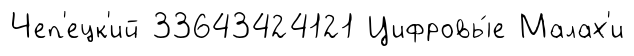
Чеп'ецк'ий 33643424121 Цифровы́е Малах'и